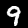
Digit: 9